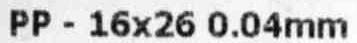
PP - 16X26 0.04MM